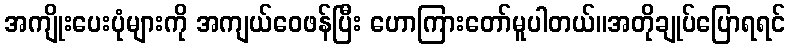
အကျိုးပေးပုံများကို အကျယ်ဝေဖန်ပြီး ဟောကြားတော်မူပါတယ်။အတိုချုပ်ပြောရရင်